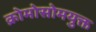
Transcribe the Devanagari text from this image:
क्रोमोसोमयुक्त